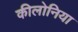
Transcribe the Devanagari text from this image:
कीलोनिया